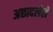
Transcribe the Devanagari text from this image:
अछादलेले